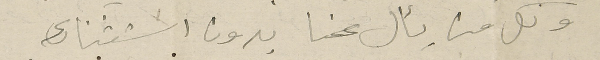
وكل من يسأل عنا بدون استثناء